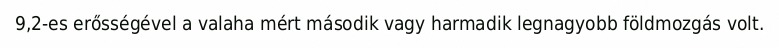
9,2-es erősségével a valaha mért második vagy harmadik legnagyobb földmozgás volt.